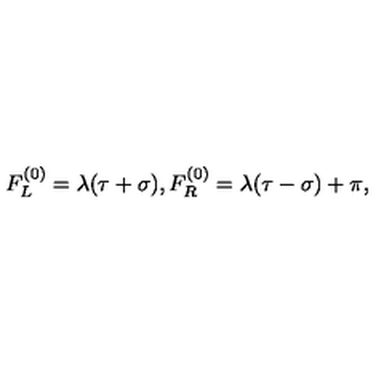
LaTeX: F _ { L } ^ { ( 0 ) } = \lambda ( \tau + \sigma ) , F _ { R } ^ { ( 0 ) } = \lambda ( \tau - \sigma ) + \pi ,